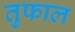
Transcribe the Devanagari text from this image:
तुफाल